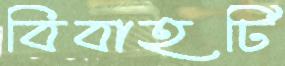
বিবাহটি